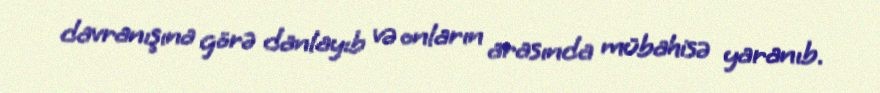
davranışına görə danlayıb və onların arasında mübahisə yaranıb.